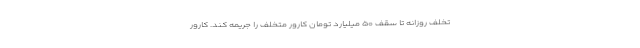
تخلف روزانه تا سقف ۵۰ میلیارد تومان کارور متخلف را جریمه کند. کارور